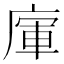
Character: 𢉦